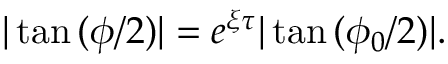
| \tan { ( \phi / 2 ) } | = e ^ { \xi \tau } | \tan { ( \phi _ { 0 } / 2 ) } | .